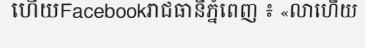
ហើយFacebookរាជធានីភ្នំពេញ ៖ «លាហើយ